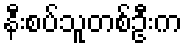
နီးစပ်သူတစ်ဦးက